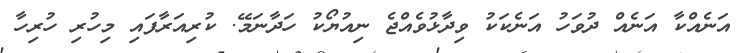
އަނެއްކާ އަނެއް ދުވަހު އަނެކަކު ވިދާޅުވެއްޖެ ނިއުޔޯކު ހަދާނަމޭ. ކުރިއަރާފައި މިހުރި ހުރިހާ